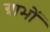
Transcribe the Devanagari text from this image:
ग्राभों